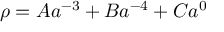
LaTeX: \rho = A a ^ { - 3 } + B a ^ { - 4 } + C a ^ { 0 }